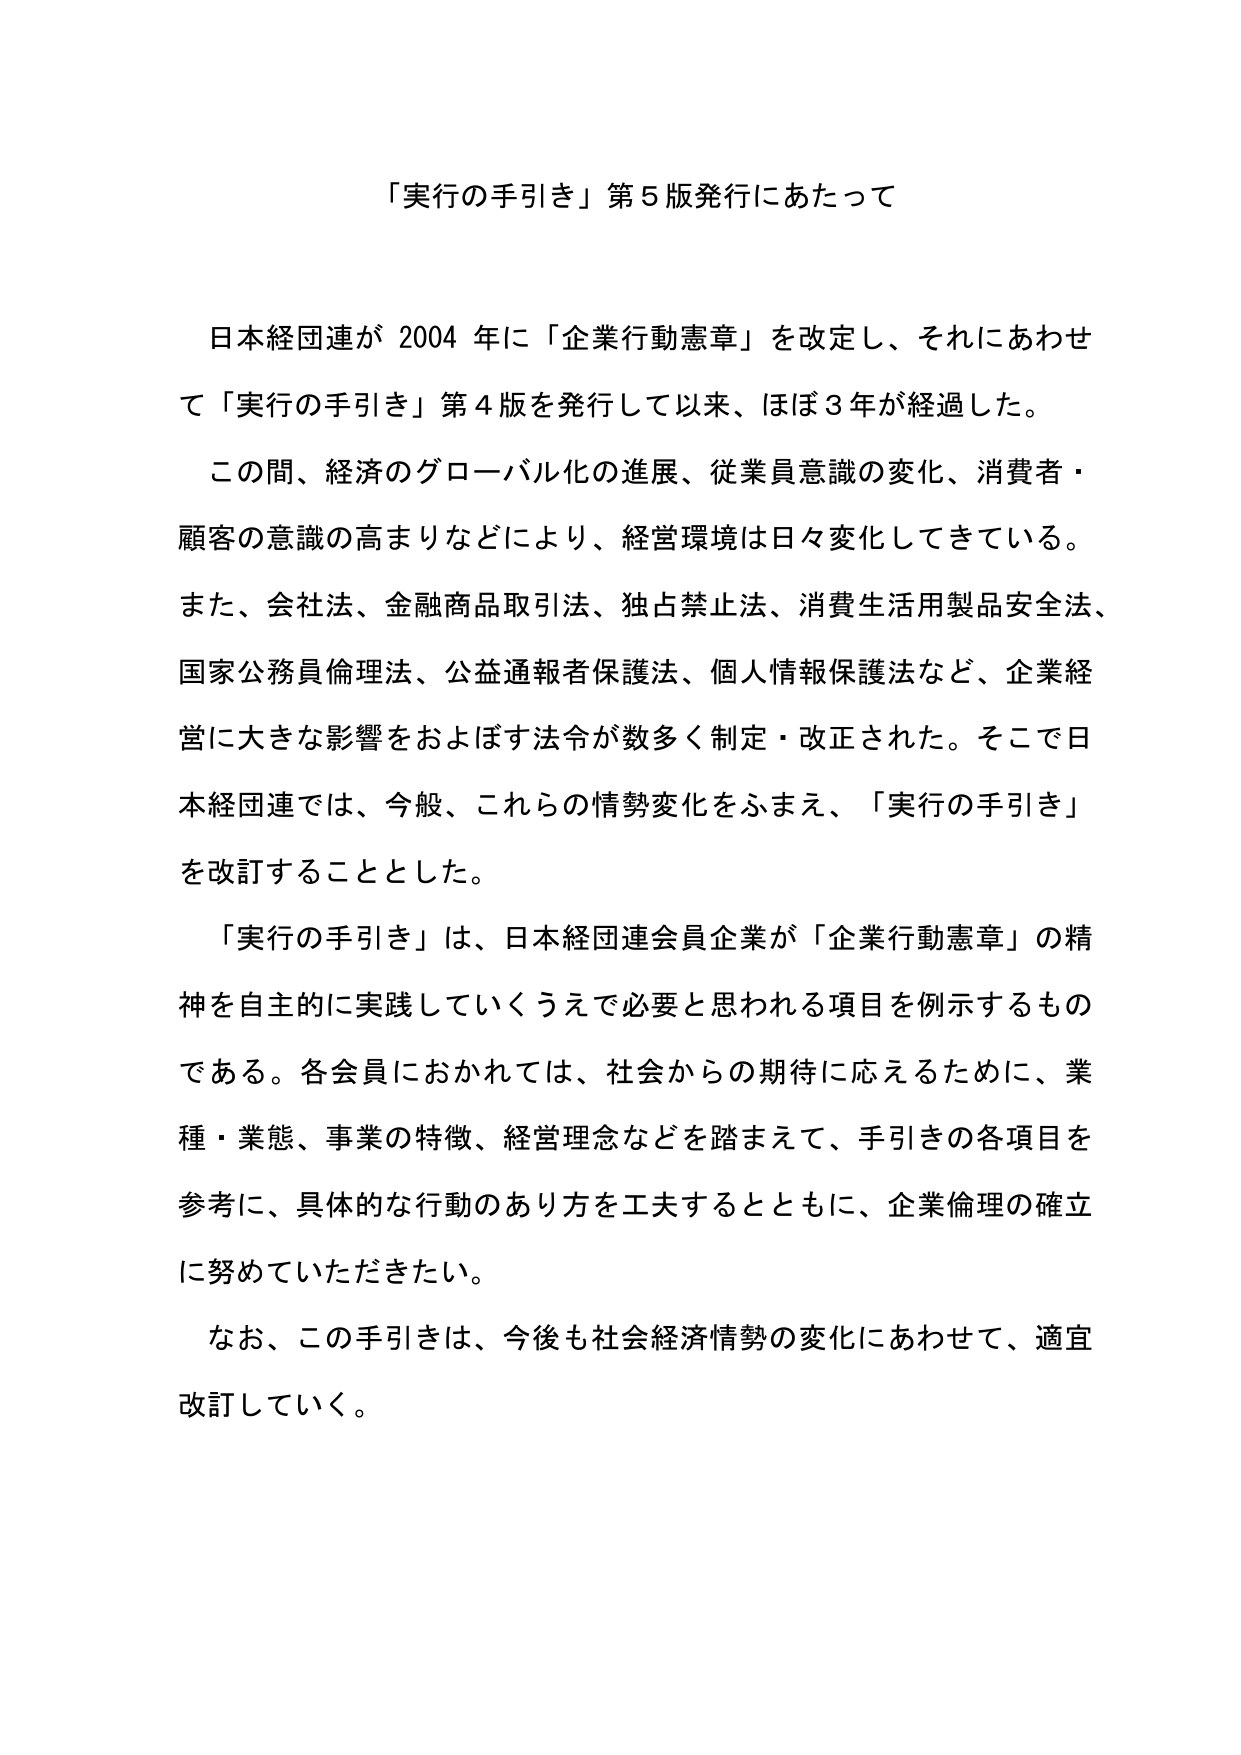
「実行の手引き」第５版発行にあたって

日本経団連が 2004 年に「企業行動憲章」を改定し、それにあわせて「実行の手引き」第４版を発行して以来、ほぼ３年が経過した。

この間、経済のグローバル化の進展、従業員意識の変化、消費者・顧客の意識の高まりなどにより、経営環境は日々変化してきている。また、会社法、金融商品取引法、独占禁止法、消費生活用製品安全法、国家公務員倫理法、公益通報者保護法、個人情報保護法など、企業経営に大きな影響をおよぼす法令が数多く制定・改正された。そこで日本経団連では、今般、これらの情勢変化をふまえ、「実行の手引き」を改訂することとした。

「実行の手引き」は、日本経団連会員企業が「企業行動憲章」の精神を自主的に実践していくうえで必要と思われる項目を例示するものである。各会員におかれては、社会からの期待に応えるために、業種・業態、事業の特徴、経営理念などを踏まえて、手引きの各項目を参考に、具体的な行動のあり方を工夫するとともに、企業倫理の確立に努めていただきたい。

なお、この手引きは、今後も社会経済情勢の変化にあわせて、適宜改訂していく。